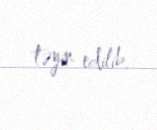
təyin edilib.